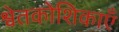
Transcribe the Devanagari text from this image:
श्वेतकोशिकाएँ